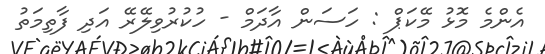
އެންމެ މޮޅު މޭކަޕް : ހަސަން އާދަމް - ހުކުރުވިލޭރޭ އަދި ފާތިމަތު